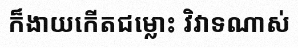
ក៏ងាយកើតជម្លោះ វិវាទណាស់